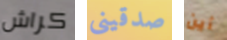
كراش صدقينى أين